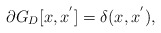
\begin{align*}\partial G_D[x,x^{'}] = \delta (x, x^{'}), \end{align*}